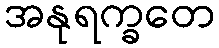
အနုရက္ခတေ